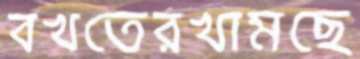
বখতেরখামছে